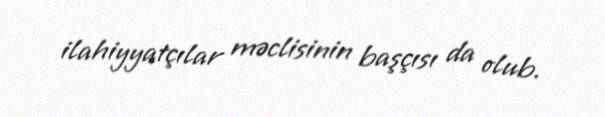
ilahiyyatçılar məclisinin başçısı da olub.